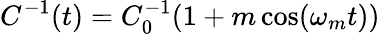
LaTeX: C^{-1}(t)=C_{0}^{-1}(1+m\cos(\omega_{m}t))